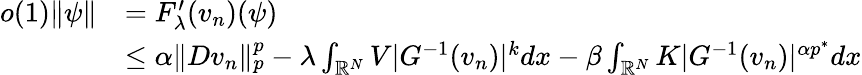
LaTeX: \begin{array}{rl}{o(1)\| \psi\| }&{=F_{\lambda}^{\prime}(v_{n})(\psi)}\\ &{\le\alpha\| Dv_{n}\| _{p}^{p}-\lambda\int_{\mathbb R^{N}}V|G^{-1}(v_{n})|^{k}dx-\beta\int_{\mathbb R^{N}}K|G^{-1}(v_{n})|^{\alpha p^{*}}dx}\end{array}